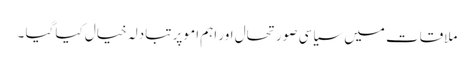
ملاقات میں سیاسی صورتحال اور اہم امو پر تبادلہ خیال کیا گیا ۔